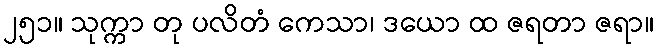
၂၅၁။ သုက္ကာ တု ပလိတံ ကေသာ၊ ဒယော ထ ဇရတာ ဇရာ။